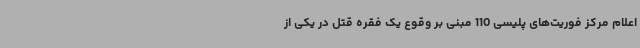
اعلام مرکز فوریت‌های پلیسی 110 مبنی بر وقوع یک فقره قتل در یکی از